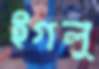
ইগলু